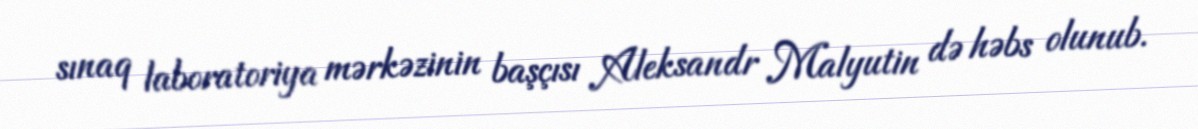
sınaq laboratoriya mərkəzinin başçısı Aleksandr Malyutin də həbs olunub.